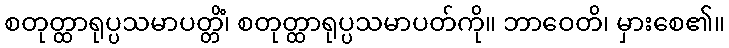
စတုတ္ထာရုပ္ပသမာပတ္တိံ၊ စတုတ္ထာရုပ္ပသမာပတ်ကို။ ဘာဝေတိ၊ မှားစေ၏။